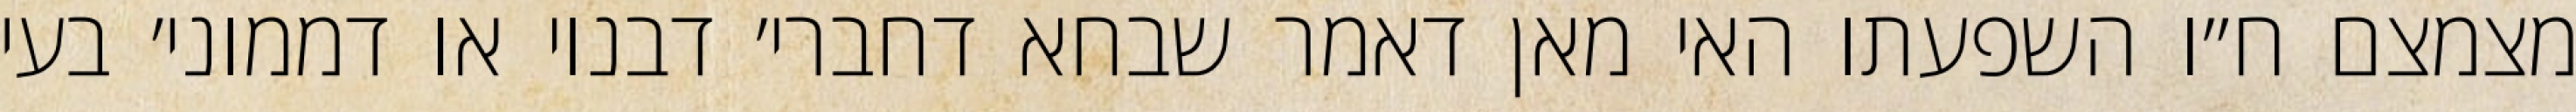
מצמצם ח״ו השפעתו האי מאן דאמר שבחא דחברי׳ דבנוי או דממוני׳ בעי